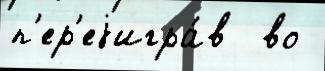
п'ер'еjигра́в  во